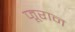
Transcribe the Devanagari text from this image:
जूरान